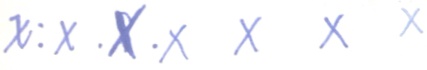
x : x . x . x x x x